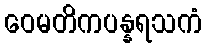
ဝေမတိကပန္နရသကံ